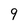
Character: 9